Annual statistical returns and brief notes on vaccination in Bengal - 1909-1929
Year: 1909
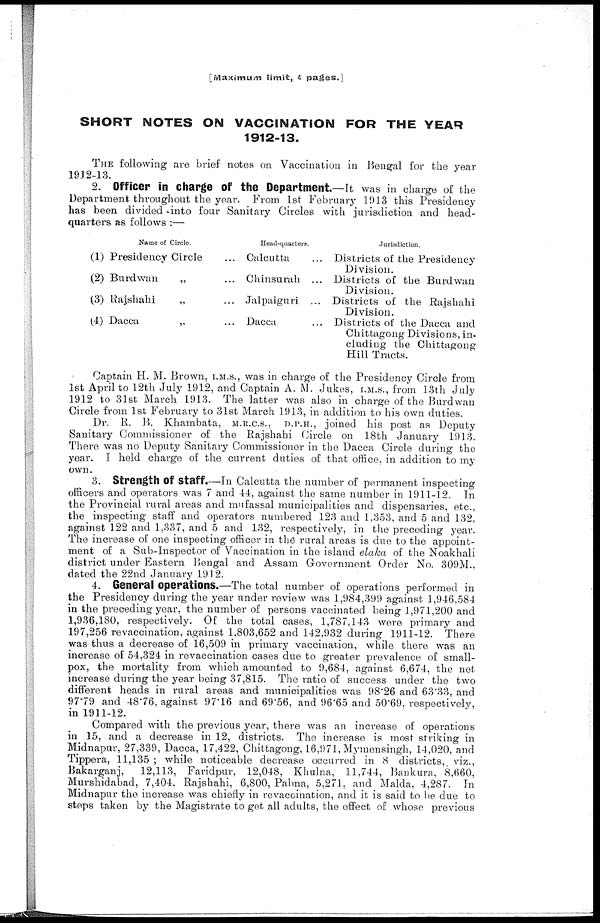
[Maximum limit, 4 pages.]
SHORT NOTES ON VACCINATION FOR THE YEAR
1912-13.
THE following are brief notes on Vaccination in Bengal for the year
1912-13.
2. Officer in charge of the Department.—It was in charge of the
Department throughout the year. From 1st February 1913 this Presidency
has been divided into four Sanitary Circles with jurisdiction and head-
quarters as follows :—
Name of Circle.
(1) Presidency Circle
...
(2) Burdwan
„
...
(3) Rajshahi
„
...
(4) Dacca
„
...
Head-quarters.
Calcutta
...
Chinsurah ...
Jalpaiguri ...
Dacca
...
Jurisdiction.
Districts of the Presidency
Division.
Districts of the Burdwan
Division.
Districts of the Rajshahi
Division.
Districts of the Dacca and
Chittagong Divisions, in¬
eluding the Chittagong
Hill Tracts.
Captain H. M. Brown, I.M.S., was in charge of the Presidency Circle from
1st April to 12th July 1912, and Captain A. M. Jukes, I.M.S., from 13th July
1912 to 31st March 1913. The latter was also in charge of the Burdwan
Circle from 1st February to 31st March 1913, in addition to his own duties.
Dr. R. B. Khambata, M.R.C.S., D.P.H., joined his post as Deputy
Sanitary Commissioner of the Rajshahi Circle on 18th January 1913.
There was no Deputy Sanitary Commissioner in the Dacca Circle during the
year. I held charge of the current duties of that office in addition to my
own.
3. Strength of Staff.—In Calcutta the number of permanent inspecting
officers and operators was 7 and 44, against the same number in 1911-12. In
the Provincial rural areas and mufassal municipalities and dispensaries, etc.,
the inspecting staff and operators numbered 123 and 1,353, and 5 and 132,
against 122 and 1,337, and 5 and 132, respectively, in the preceding year.
The increase of one inspecting officer in the rural areas is due to the appoint-
ment of a Sub-Inspector of Vaccination in the island elaka of the Noakhali
district under Eastern Bengal and Assam Government Order No. 309M.,
dated the 22nd January 1912.
4. General Operations.—The total number of operations performed in
the Presidency during the year under review was 1,984,399 against 1,946,584
in the preceding year, the number of persons vaccinated being 1,971,200 and
1,936,180, respectively. Of the total cases, 1,787,143 were primary and
197,256 revaccination, against 1.803,652 and 142,932 during 1911-12. There
was thus a decrease of 16,509 in primary vaccination, while there was an
increase of 54,324 in revaccination cases due to greater prevalence of small-
pox, the mortality from which amounted to 9,684, against 6,674, the net
increase during the year being 37,815. The ratio of success under the two
different heads in rural areas and municipalities was 98.26 and 63.33, and
97.79 and 48.76, against 97.16 and 69.56, and 96.65 and 50.69. respectively,
in 1911-12.
Compared with the previous year, there was an increase of operations
in 15, and a decrease in 12, districts. The increase is most striking in
Midnapur, 27,339, Dacca, 17,422, Chittagong, 16,971, Mymensingh, 14,020, and
Tippera, 11,135 ; while noticeable decrease occurred in 8 districts, viz.,
Bakarganj,
12,113, Faridpur, 12,048, Khulna, 11,744, Bankura, 8,660,
Murshidabad, 7,404. Rajshahi, 6,800, Pabna, 5,271. and Malda, 4,287. In
Midnapur the increase was chiefly in revaccination, and it is said to be due to
steps taken by the Magistrate to get all adults, the effect of whose previous